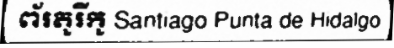
ព័រតូរីកូ Santiago Punta de Hidalgo